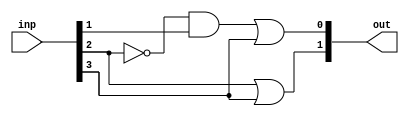
`timescale 1ns / 1ps
//////////////////////////////////////////////////////////////////////////////////
// Company: 
// Engineer: 
// 
// Design Name: 
// Module Name: 4to2_priority_encoder
// Project Name: 
// Target Devices: 
// Tool Versions: 
// Description: 
// 
// Dependencies: 
// 
// Revision:
// Revision 0.01 - File Created
// Additional Comments:
// 
//////////////////////////////////////////////////////////////////////////////////


module priority_encoder_4to2(
    input [3:0] inp,
    output [1:0] out
    );
    assign out[1]= inp[2] | inp[3];
    assign out[0]= (~inp[2])&inp[1] | inp[3];
    
endmodule